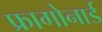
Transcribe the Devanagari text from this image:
फ्रागोनार्ड